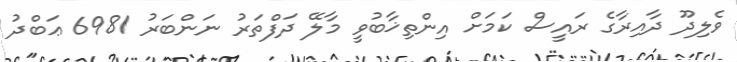
ވެލިދޫ ދާއިރާގެ ރައީސް ކަމަށް އިންތިޚާބުވީ މާލޭ ދަފްތަރު ނަންބަރު 6981 ޢަބްދު